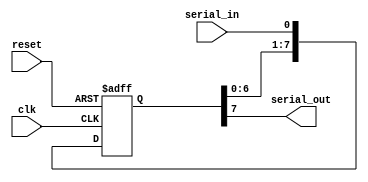
module piso_shift_register(
  input clk,
  input reset,
  input serial_in,
  output reg serial_out
);

reg [7:0] shift_reg;

always @(posedge clk or posedge reset) 
begin
  if (reset)
    shift_reg <= 8'b0;
  else
    shift_reg <= {shift_reg[6:0], serial_in};
end

assign serial_out = shift_reg[7];

endmodule